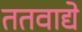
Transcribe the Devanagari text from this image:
ततवाद्ये